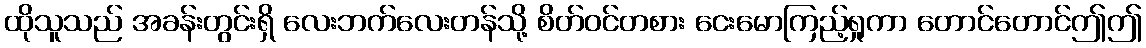
ထိုသူသည် အခန်းတွင်းရှိ လေးဘက်လေးတန်သို့ စိတ်ဝင်တစား ငေးမောကြည့်ရှုကာ တောင်တောင်ဤဤ